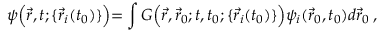
\psi \Bigl ( \vec { r } , t ; \{ \vec { r } _ { i } ( t _ { 0 } ) \} \Bigl ) = \int G \Bigl ( \vec { r } , \vec { r } _ { 0 } ; t , t _ { 0 } ; \{ \vec { r } _ { i } ( t _ { 0 } ) \} \Bigl ) \psi _ { i } ( \vec { r } _ { 0 } , t _ { 0 } ) d \vec { r } _ { 0 } \, ,